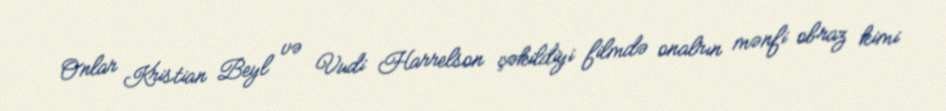
Onlar Kristian Beyl və Vudi Harrelson çəkildiyi filmdə onalrın mənfi obraz kimi